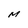
Character: M